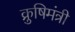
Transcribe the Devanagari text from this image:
क्रुषिमंत्री